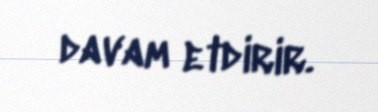
davam etdirir.